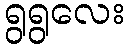
ရွရွလေး